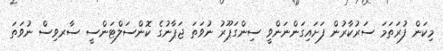
މިކަން ފުރަތަމަ ސަރުކާރުން ފަށައިގަންނަންވީ ސިންގަޕޫރު ނުވަތަ ޖަޕާނުގެ ކޮންސަލްޓަންސީ ސާރވިސް ނުވަތަ